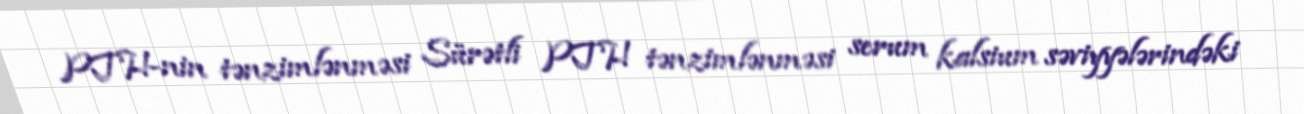
PTH-nin tənzimlənməsi Sürətli PTH tənzimlənməsi serum kalsium səviyyələrindəki